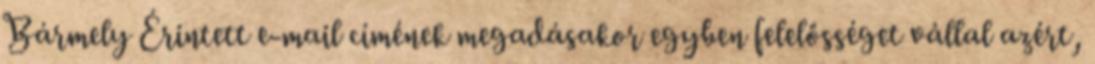
Bármely Érintett e-mail címének megadásakor egyben felelősséget vállal azért,